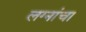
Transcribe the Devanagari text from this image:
लग्नांचा